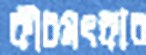
কীচমৎকার